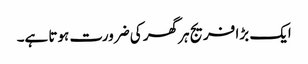
ایک بڑا فریج ہر گھر کی ضرورت ہوتا ہے۔